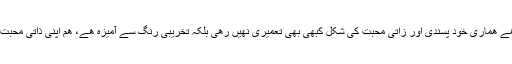
نرگسیت یعنی ھلاک کردینے والی محبت خطرناک چیز ھے ھماری خود پسندی اور زاتی محبت کی شکل کبھی بھی تعمیری نھیں رھی بلکہ تخریبی رنگ سے آمیزہ ھے، ھم اپنی ذاتی محبت سے خود کو تعمیر نھیں بلکہ اپنی تخریب کررھے ھیں ۔